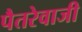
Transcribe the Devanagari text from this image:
पैतरेवाजी